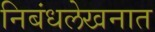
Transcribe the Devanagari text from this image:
निबंधलेखनात